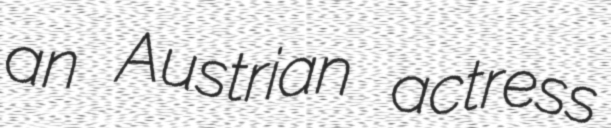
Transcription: an Austrian actress